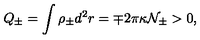
Q _ { \pm } = \int { \rho } _ { \pm } d ^ { 2 } r = { \mp } 2 { \pi } { \kappa } { \cal N } _ { \pm } > 0 ,